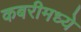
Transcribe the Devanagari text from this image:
कबरीमध्ये